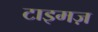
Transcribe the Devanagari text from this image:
टाइमज़